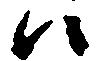
ハ